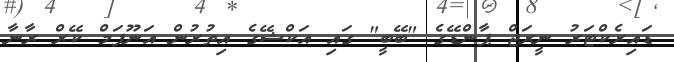
ޑައިރެކްޓަރު ނީރަޖް ޕާންޑޭގެ "ބޭބީ" ގައި އަކްޝޭގެ އިތުރުން އަނޫޕަމް ކޭރް ރާނާ